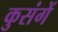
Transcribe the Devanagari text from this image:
कुसंगें